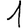
Digit: 1